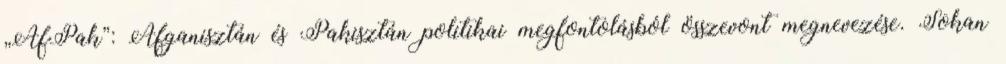
„AfPak”: Afganisztán és Pakisztán politikai megfontolásból összevont megnevezése. Sokan